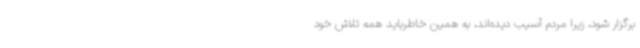
برگزار شود، زیرا مردم آسیب دیده‌اند، به همین خاطرباید همه تلاش خود